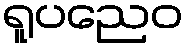
ရူပညေဝ